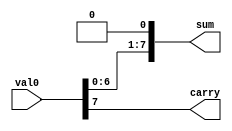
module Mult(
	output		     [7:0]		sum,
	output		     				carry,
	input 		     [7:0]		val0

);

assign {carry, sum[7:0]}= {1'b0,val0[7:0]} << 1;//uses the shift operator to multiply by 2
endmodule